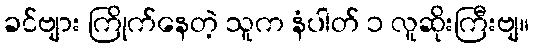
ခင်ဗျား ကြိုက်နေတဲ့ သူက နံပါတ် ၁ လူဆိုးကြီးဗျ။